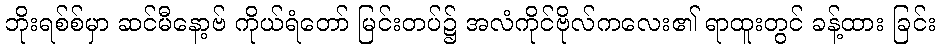
ဘိုးရစ်စ်မှာ ဆင်မီနော့ဗ် ကိုယ်ရံတော် မြင်းတပ်၌ အလံကိုင်ဗိုလ်ကလေး၏ ရာထူးတွင် ခန့်ထား ခြင်း